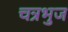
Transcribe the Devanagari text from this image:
चत्रभुज